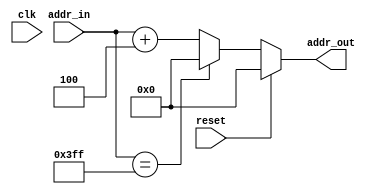
`timescale 1ns / 1ps
//////////////////////////////////////////////////////////////////////////////////
// Company: 
// Engineer: 
// 
// Design Name: 
// Module Name: NPC
// Project Name: 
// Target Devices: 
// Tool Versions: 
// Description: 
// 
// Dependencies: 
// 
// Revision:
// Revision 0.01 - File Created
// Additional Comments:
// 
//////////////////////////////////////////////////////////////////////////////////


module NPC(
input [31:0] addr_in,
input clk,
input reset,
output reg [31:0] addr_out
);
  
    always@(*)
    begin
    if(reset)
        addr_out<=0;
    else
        addr_out<=(addr_in==1023)?0:addr_in+4;
    end
  
endmodule